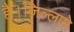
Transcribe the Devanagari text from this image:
है।जिल्लामे